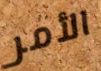
الأمر